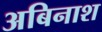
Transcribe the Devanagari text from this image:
अबिनाश